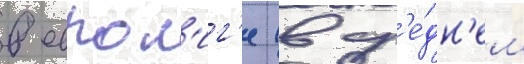
в еврол'иг'е (в ср'е́дн'ем